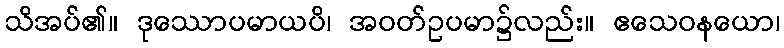
သိအပ်၏။ ဒုဿောပမာယပိ၊ အဝတ်ဥပမာ၌လည်း။ ဧသေဝနယော၊